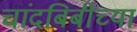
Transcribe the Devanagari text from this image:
चांदबिबीच्या